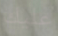
عليك